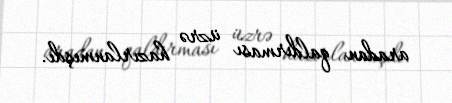
aradan qaldırması üzrə hazırlanmışdı.